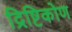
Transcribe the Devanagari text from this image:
द्रिष्टिकोण